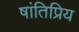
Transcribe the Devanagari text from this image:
षांतिप्रिय